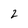
Character: 2